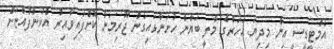
އެމްޓީޑީސީ އިން މިދިޔަ އަހަރުގެ މާލީ ބަޔާން ހުށަނާޅައިގެން ޖޫރިމަނާ ކޮށްފައިވާއިރު އެކުންފުއްޏަށް